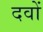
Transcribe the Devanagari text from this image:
दवों